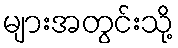
များအတွင်းသို့